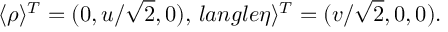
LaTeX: \langle \rho \rangle ^ { T } = ( 0 , u / \sqrt { 2 } , 0 ) , \, l a n g l e \eta \rangle ^ { T } = ( v / \sqrt { 2 } , 0 , 0 ) .